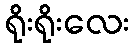
ရိုးရိုးလေး